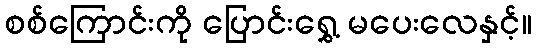
စစ်ကြောင်းကို ပြောင်းရွှေ့ မပေးလေနှင့်။